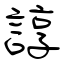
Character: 諄